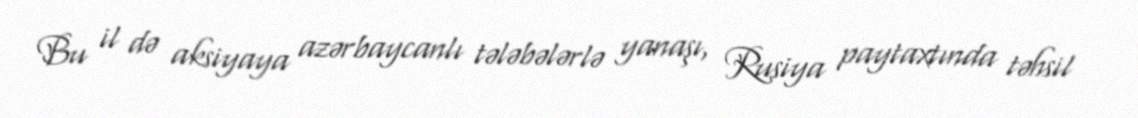
Bu il də aksiyaya azərbaycanlı tələbələrlə yanaşı, Rusiya paytaxtında təhsil